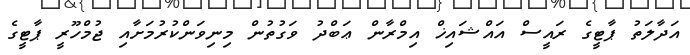
އަދާލަތު ޕާޓީގެ ރައީސް އައްޝައިޚް އިމްރާން ޢަބްދު ވަގުތުން މިނިވަންކުރުމަށާއި ޖުމްހޫރީ ޕާޓީގެ